38_143685_box7_Incident_Summaries_1-100
Agency: Department of War
Page 119
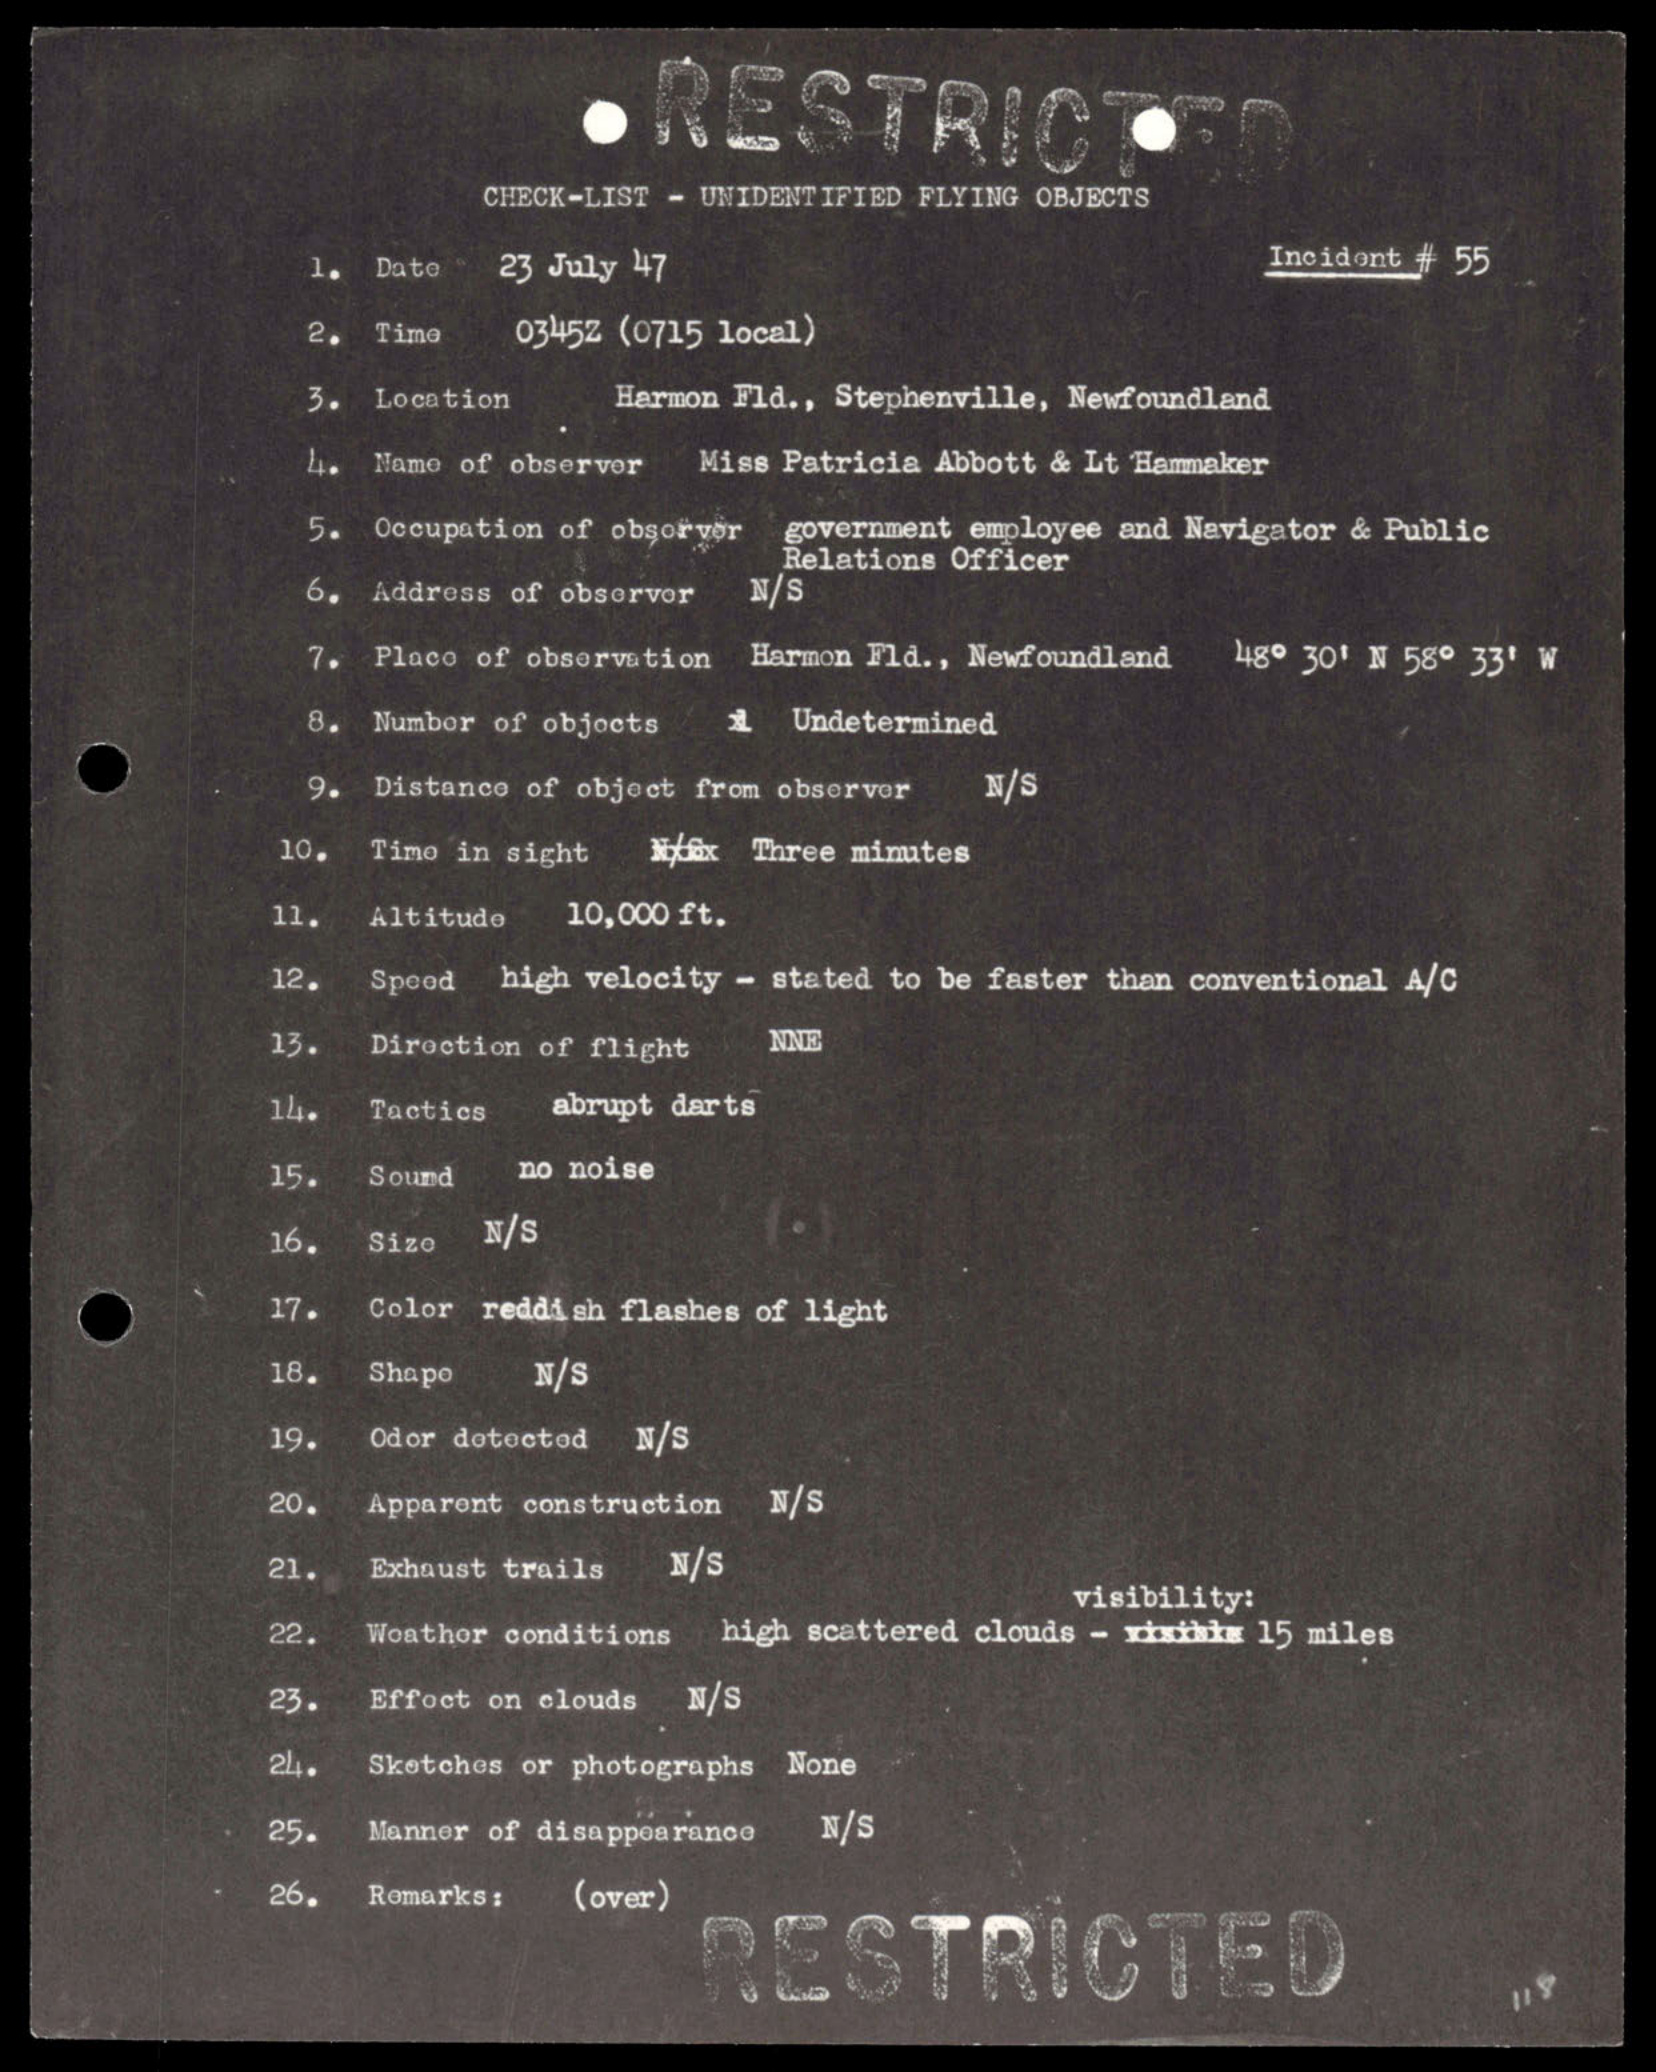